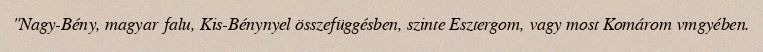
"Nagy-Bény, magyar falu, Kis-Bénynyel összefüggésben, szinte Esztergom, vagy most Komárom vmgyében.